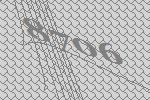
8706